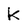
Character: k